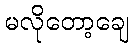
မလိုတော့ချေ